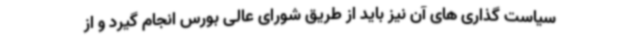
سیاست گذاری های آن نیز باید از طریق شورای عالی بورس انجام گیرد و از